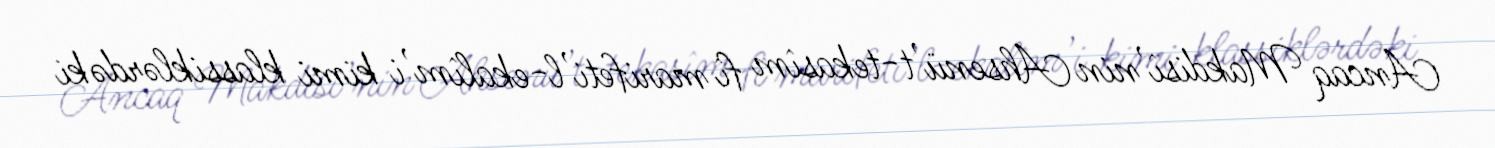
Ancaq Makdisî’nin Ahsenü’t-tekasîm fî marifeti’l-ekalîm’i kimi klassiklərdəki